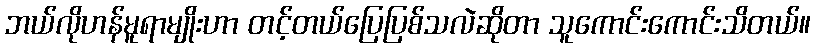
ဘယ်လိုဟန်မူရာမျိုးဟာ တင့်တယ်ပြေပြစ်သလဲဆိုတာ သူကောင်းကောင်းသိတယ်။